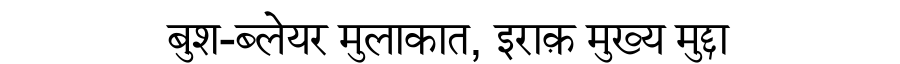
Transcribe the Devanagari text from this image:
बुश-ब्लेयर मुलाकात, इराक़ मुख्य मुद्दा